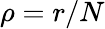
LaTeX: \rho=r/N